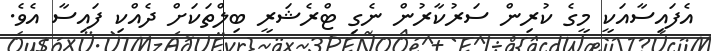
އެފައިސާއަކީ މީގެ ކުރިން ސަރުކާރުން ނެގި ޓްރެޝަރީ ބިލްތަކަށް ދެއްކި ފައިސާ އެވެ.